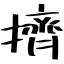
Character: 擠